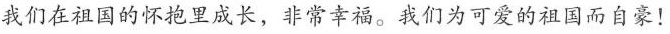
我们在祖国的怀抱里成长，非常幸福。我们为可爱的祖国而自豪！